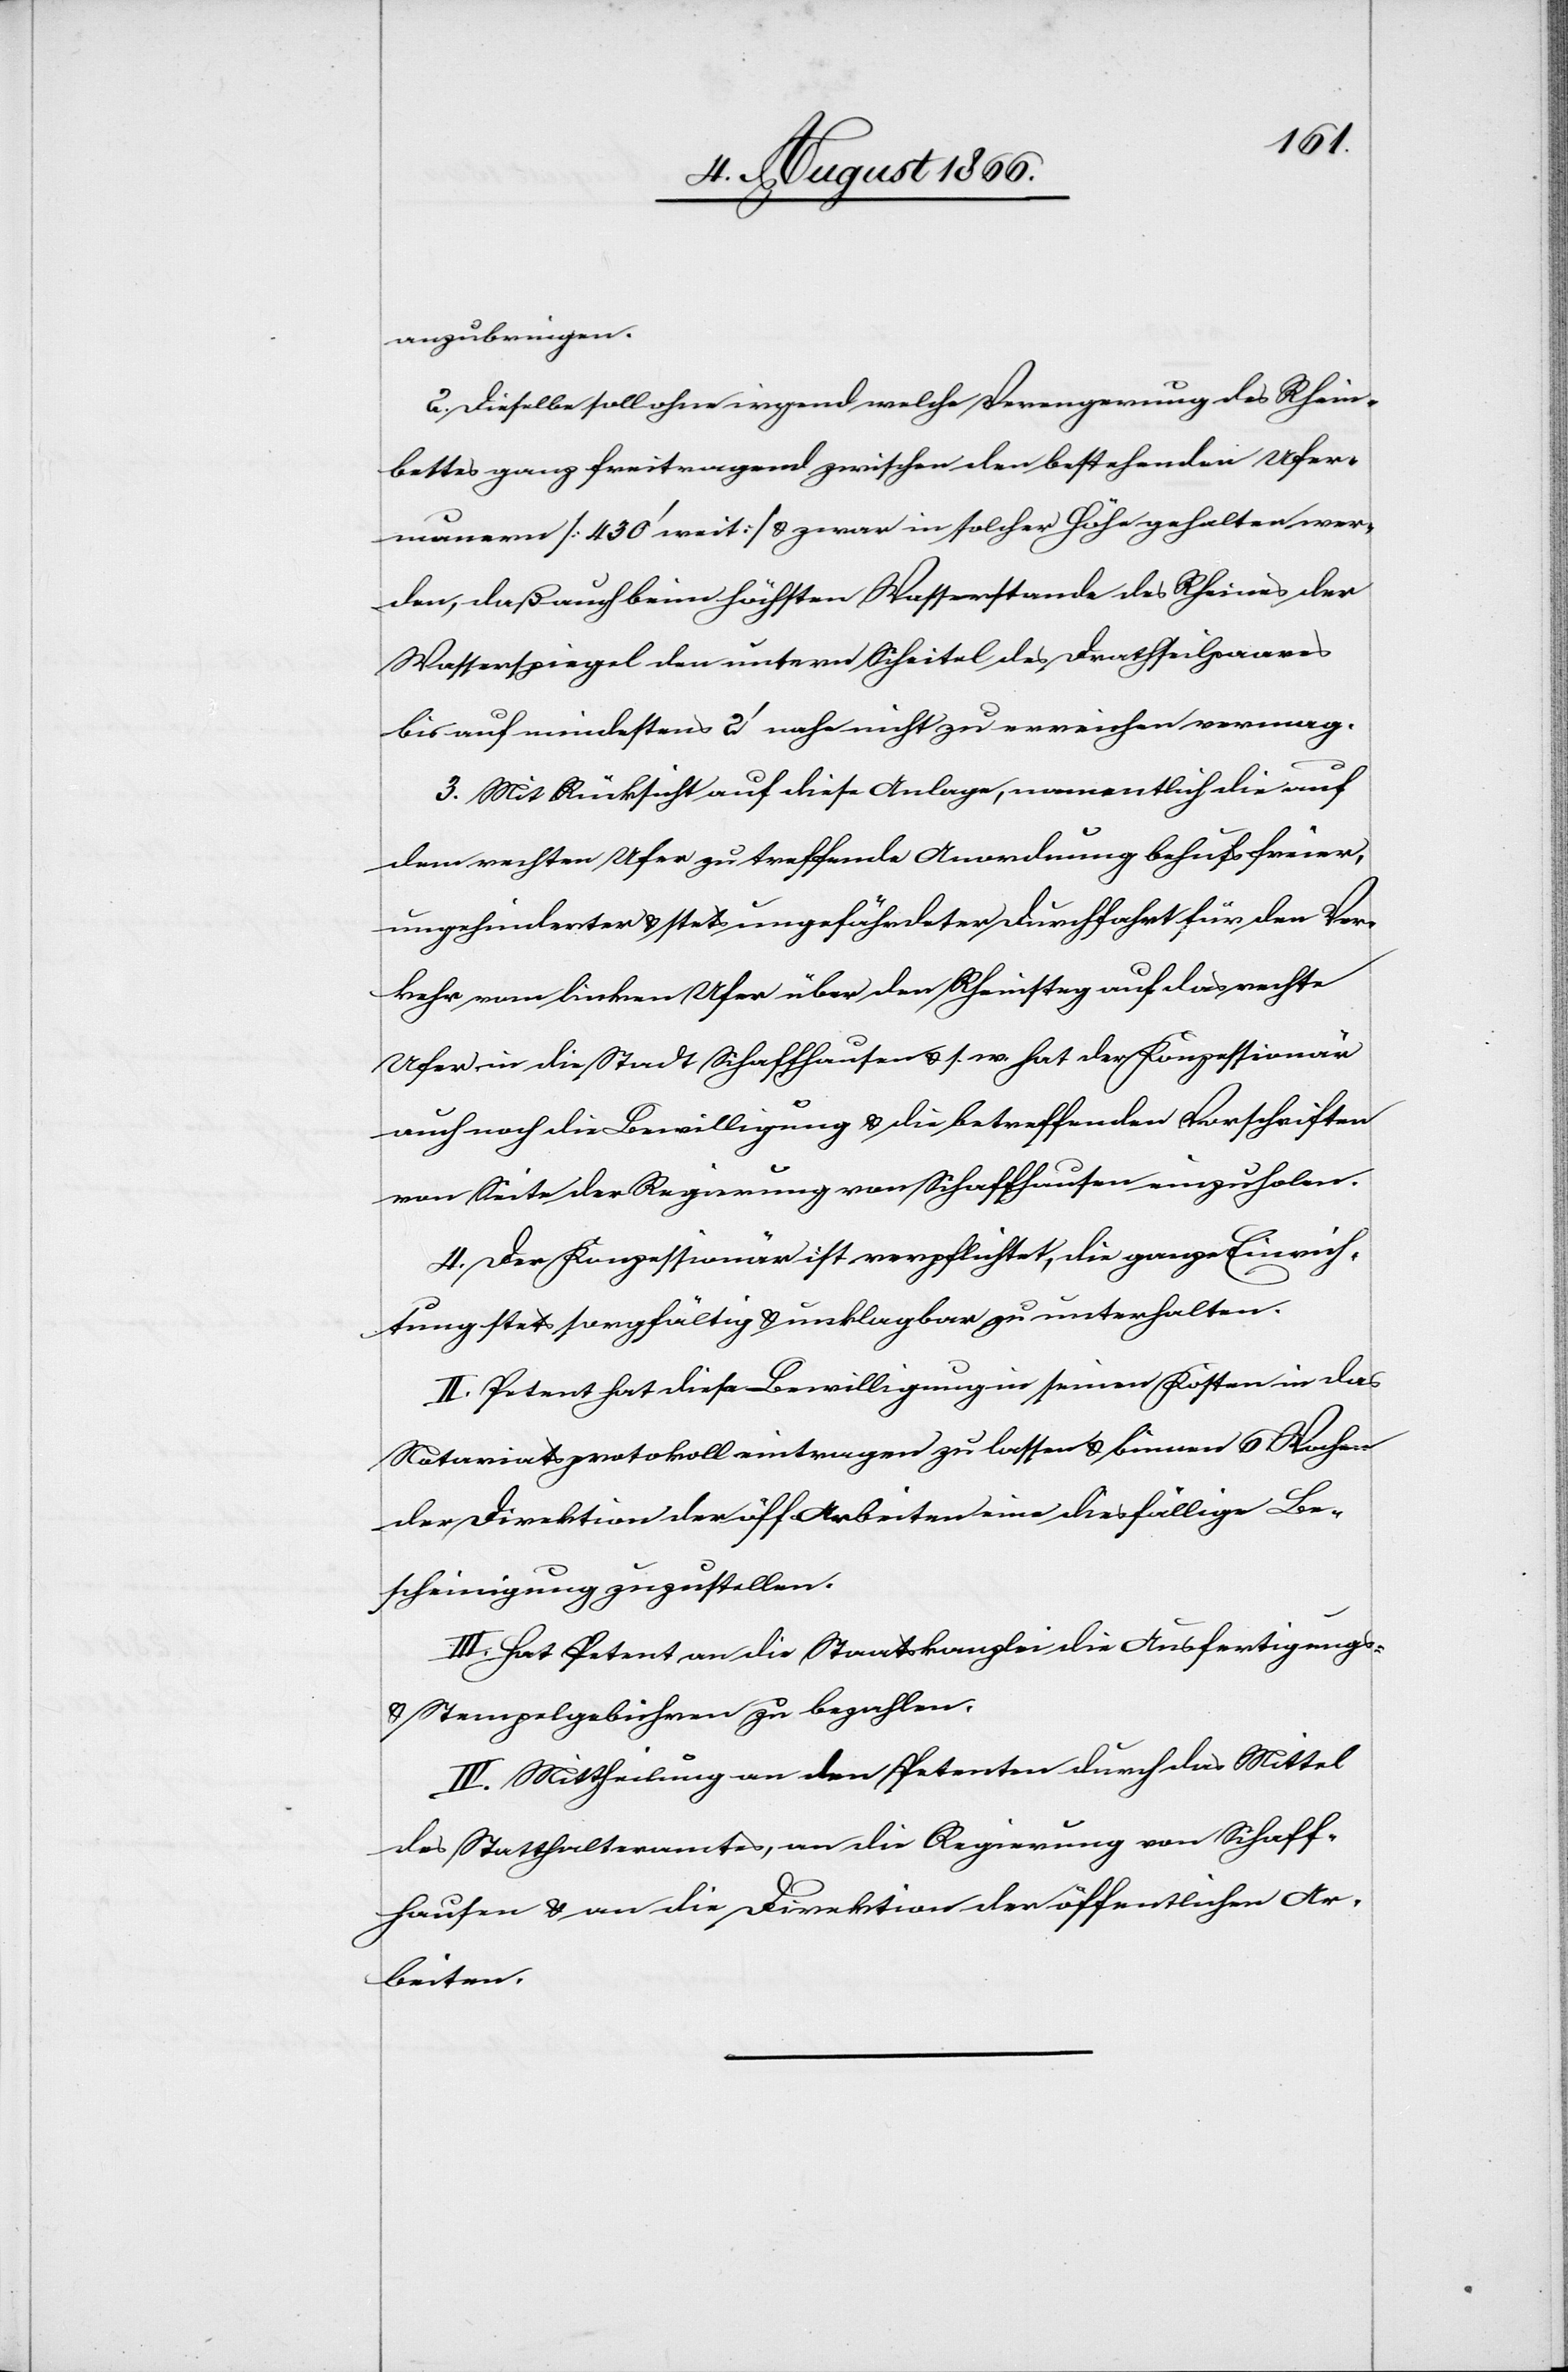
anzubringen.
2. Dieselbe soll ohne irgend welche Verengung des Rhein¬
bettes ganz freitragend zwischen den bestehenden Ufer¬
mauern [430‘ weit] u. zwar in solcher Höhe gehalten wer¬
den, daß auch beim höchsten Wasserstande des Rheines der
Wasserspiegel den untern Scheitel des Drahtseilpaares
bis auf mindestens 2‘ nahe nicht zu erreichen vermag.
3. Mit Rücksicht auf diese Anlage, namentlich die auf
dem rechten Ufer zu treffende Anordnung behufs freier,
ungehinderter u. stets ungefährdeter Durchfahrt für den Ver¬
kehr vom linken Ufer über den Rheinsteh auf das rechte
Ufer in die Stadt Schaffhausen u. s. w. hat der Konzessionär
auch noch die Bewilligung u. die betreffenden Vorschriften
von Seite der Regierung von Schaffhausen einzuholen.
4. Der Konzessionär ist verpflichtet, die ganze Einrich¬
tung stets sorgfältig u. unklagbar zu unterhalten.
II. Petent hat diese Bewilligung in seinen Kosten in das
Notariatsprotokoll eintragen zu lassen u. binnen 6 Wochen
der Direktion der öff. Arbeiten eine diesfällige Be¬
scheinigung zuzustellen.
III. Hat Petent an die Staatskanzlei die Ausfertigungs-
u. Stempelgebühren zu bezahlen.
IV. Mittheilung an den Petenten durch das Mittel
des Statthalteramtes, an die Regierung von Schaff¬
hausen u. an die Direktion der öffentlichen Ar¬
beiten.